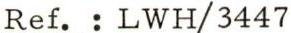
Ref. : LWH/3447